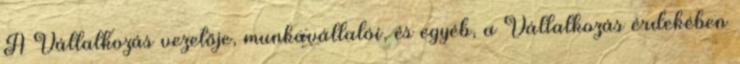
A Vállalkozás vezetője, munkavállalói, és egyéb, a Vállalkozás érdekében